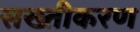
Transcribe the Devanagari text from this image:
सख्तीकरण